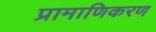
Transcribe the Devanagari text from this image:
प्रामाणिकरण